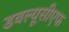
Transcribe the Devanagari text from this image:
डबल्यूसीएफ